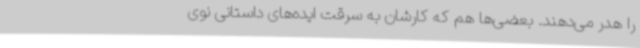
را هدر می‌دهند. بعضی‌ها هم که کارشان به سرقت ایده‌های داستانی نوی